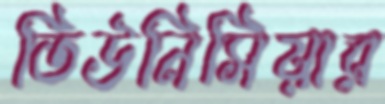
তিউনিসিয়ার